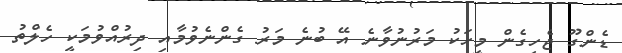
ޑެންގޫ ޖެހިގެެން މީހަކު މަރުނުވާނެ އޭ ބުނެ މަރު ގެންނެވުމާއި ދިރުއްވުމަކީ ހެލްތު